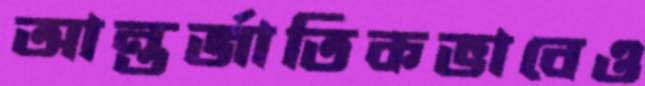
আন্তর্জাতিকভাবেও